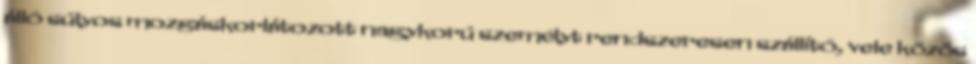
álló súlyos mozgáskorlátozott nagykorú személyt rendszeresen szállító, vele közös